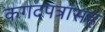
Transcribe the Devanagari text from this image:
कगदपत्रांसह